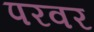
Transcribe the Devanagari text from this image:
परवर